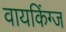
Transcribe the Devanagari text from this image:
वायकिंग्ज